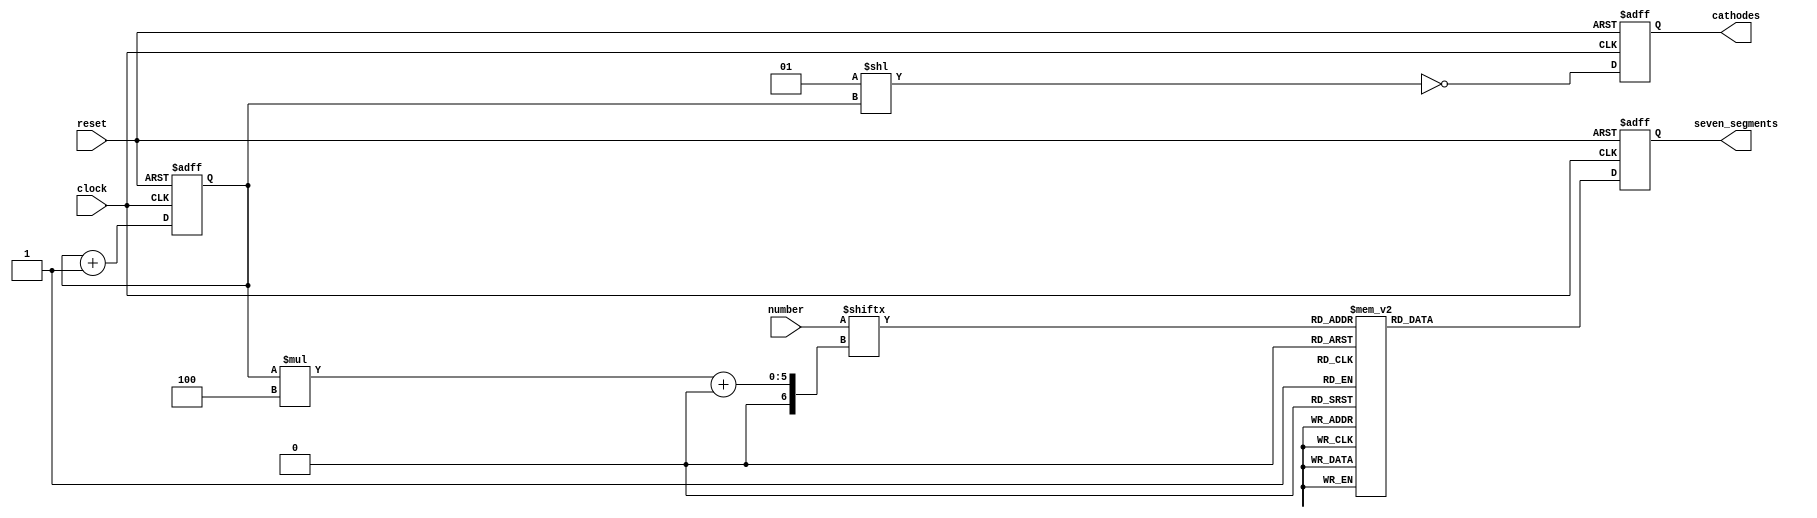
module display
(
    input             clock,
    input             reset,
    input      [15:0] number,
    output reg [ 6:0] seven_segments,
    output reg [ 3:0] cathodes
);

    function [6:0] bcd_to_seg (input [3:0] bcd);

        case (bcd)
        'h0: bcd_to_seg = 'b0111111;  // g f e d c b a
        'h1: bcd_to_seg = 'b0000110;
        'h2: bcd_to_seg = 'b1011011;  //   --a--
        'h3: bcd_to_seg = 'b1001111;  //  |     |
        'h4: bcd_to_seg = 'b1100110;  //  f     b
        'h5: bcd_to_seg = 'b1101101;  //  |     |
        'h6: bcd_to_seg = 'b1111101;  //   --g--
        'h7: bcd_to_seg = 'b0000111;  //  |     |
        'h8: bcd_to_seg = 'b1111111;  //  e     c
        'h9: bcd_to_seg = 'b1100111;  //  |     |
        'ha: bcd_to_seg = 'b1110111;  //   --d-- 
        'hb: bcd_to_seg = 'b1111100;
        'hc: bcd_to_seg = 'b0111001;
        'hd: bcd_to_seg = 'b1011110;
        'he: bcd_to_seg = 'b1111001;
        'hf: bcd_to_seg = 'b1110001;
        endcase

    endfunction

    reg [1:0] i;

    always @(posedge clock or posedge reset)
    begin
        if (reset)
        begin
            i <= 0;

            seven_segments <= bcd_to_seg (0);
            cathodes       <= 'b0000;
        end
        else
        begin
            seven_segments <= bcd_to_seg (number [i * 4 +: 4]);
            cathodes       <= ~ (1 << i);

            i <= i + 1;
        end
    end

endmodule